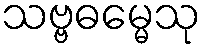
သဗ္ဗဓမ္မေသု